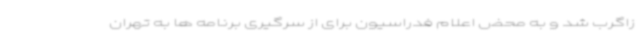
زاگرب شد و به محض اعلام فدراسیون برای از سرگیری برنامه ها به تهران